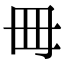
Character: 𣫬